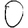
Digit: 0